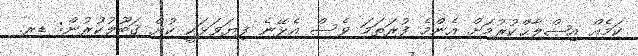
ކަމެއް އިޞްލާޙްކުރުމަށް އެންމެ ފުރަތަމަ ވެސް އެޅޭނެ ފިޔަވަޅަކީ ކުށް ޤަބޫލުކުރުން: ޑރ.